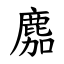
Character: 䴥